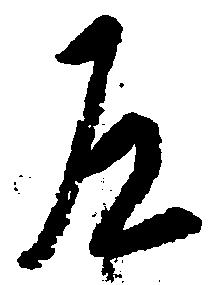
左